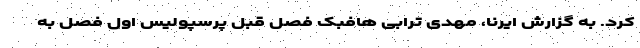
کرد. به گزارش ایرنا، مهدی ترابی هافبک فصل قبل پرسپولیس اول فصل به